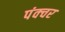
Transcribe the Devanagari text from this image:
पंक्‍चर